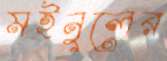
মইনুলের